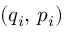
( q _ { i } , \, p _ { i } )